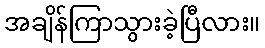
အချိန်ကြာသွားခဲ့ပြီလား။